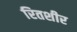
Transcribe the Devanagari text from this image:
रितशीर